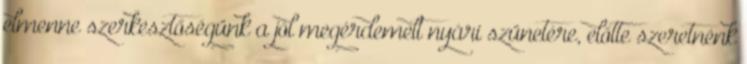
elmenne szerkesztőségünk a jól megérdemelt nyári szünetére, előtte szeretnénk